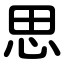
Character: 思